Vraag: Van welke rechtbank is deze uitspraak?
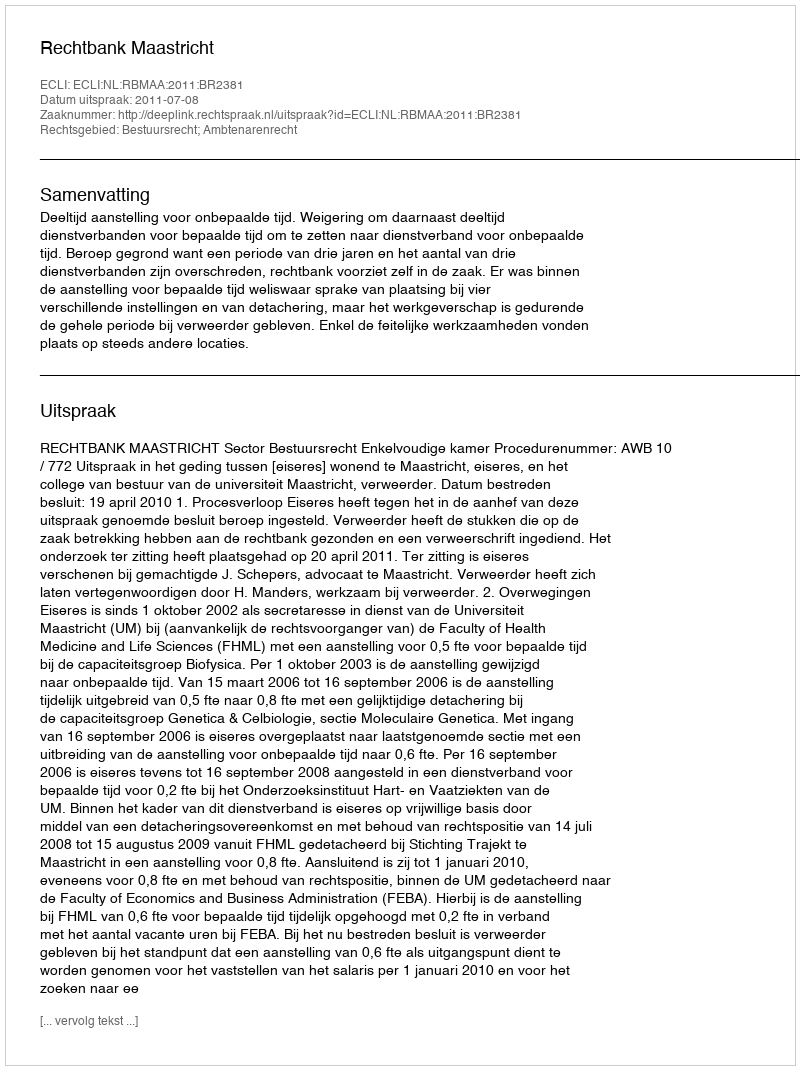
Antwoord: Rechtbank Maastricht